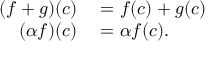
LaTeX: \begin{array} { r l } { ( f + g ) ( c ) } & { { } = f ( c ) + g ( c ) } \\ { ( \alpha f ) ( c ) } & { { } = \alpha f ( c ) . } \end{array}